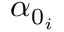
\alpha _ { 0 _ { i } }